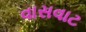
વાસવાટ